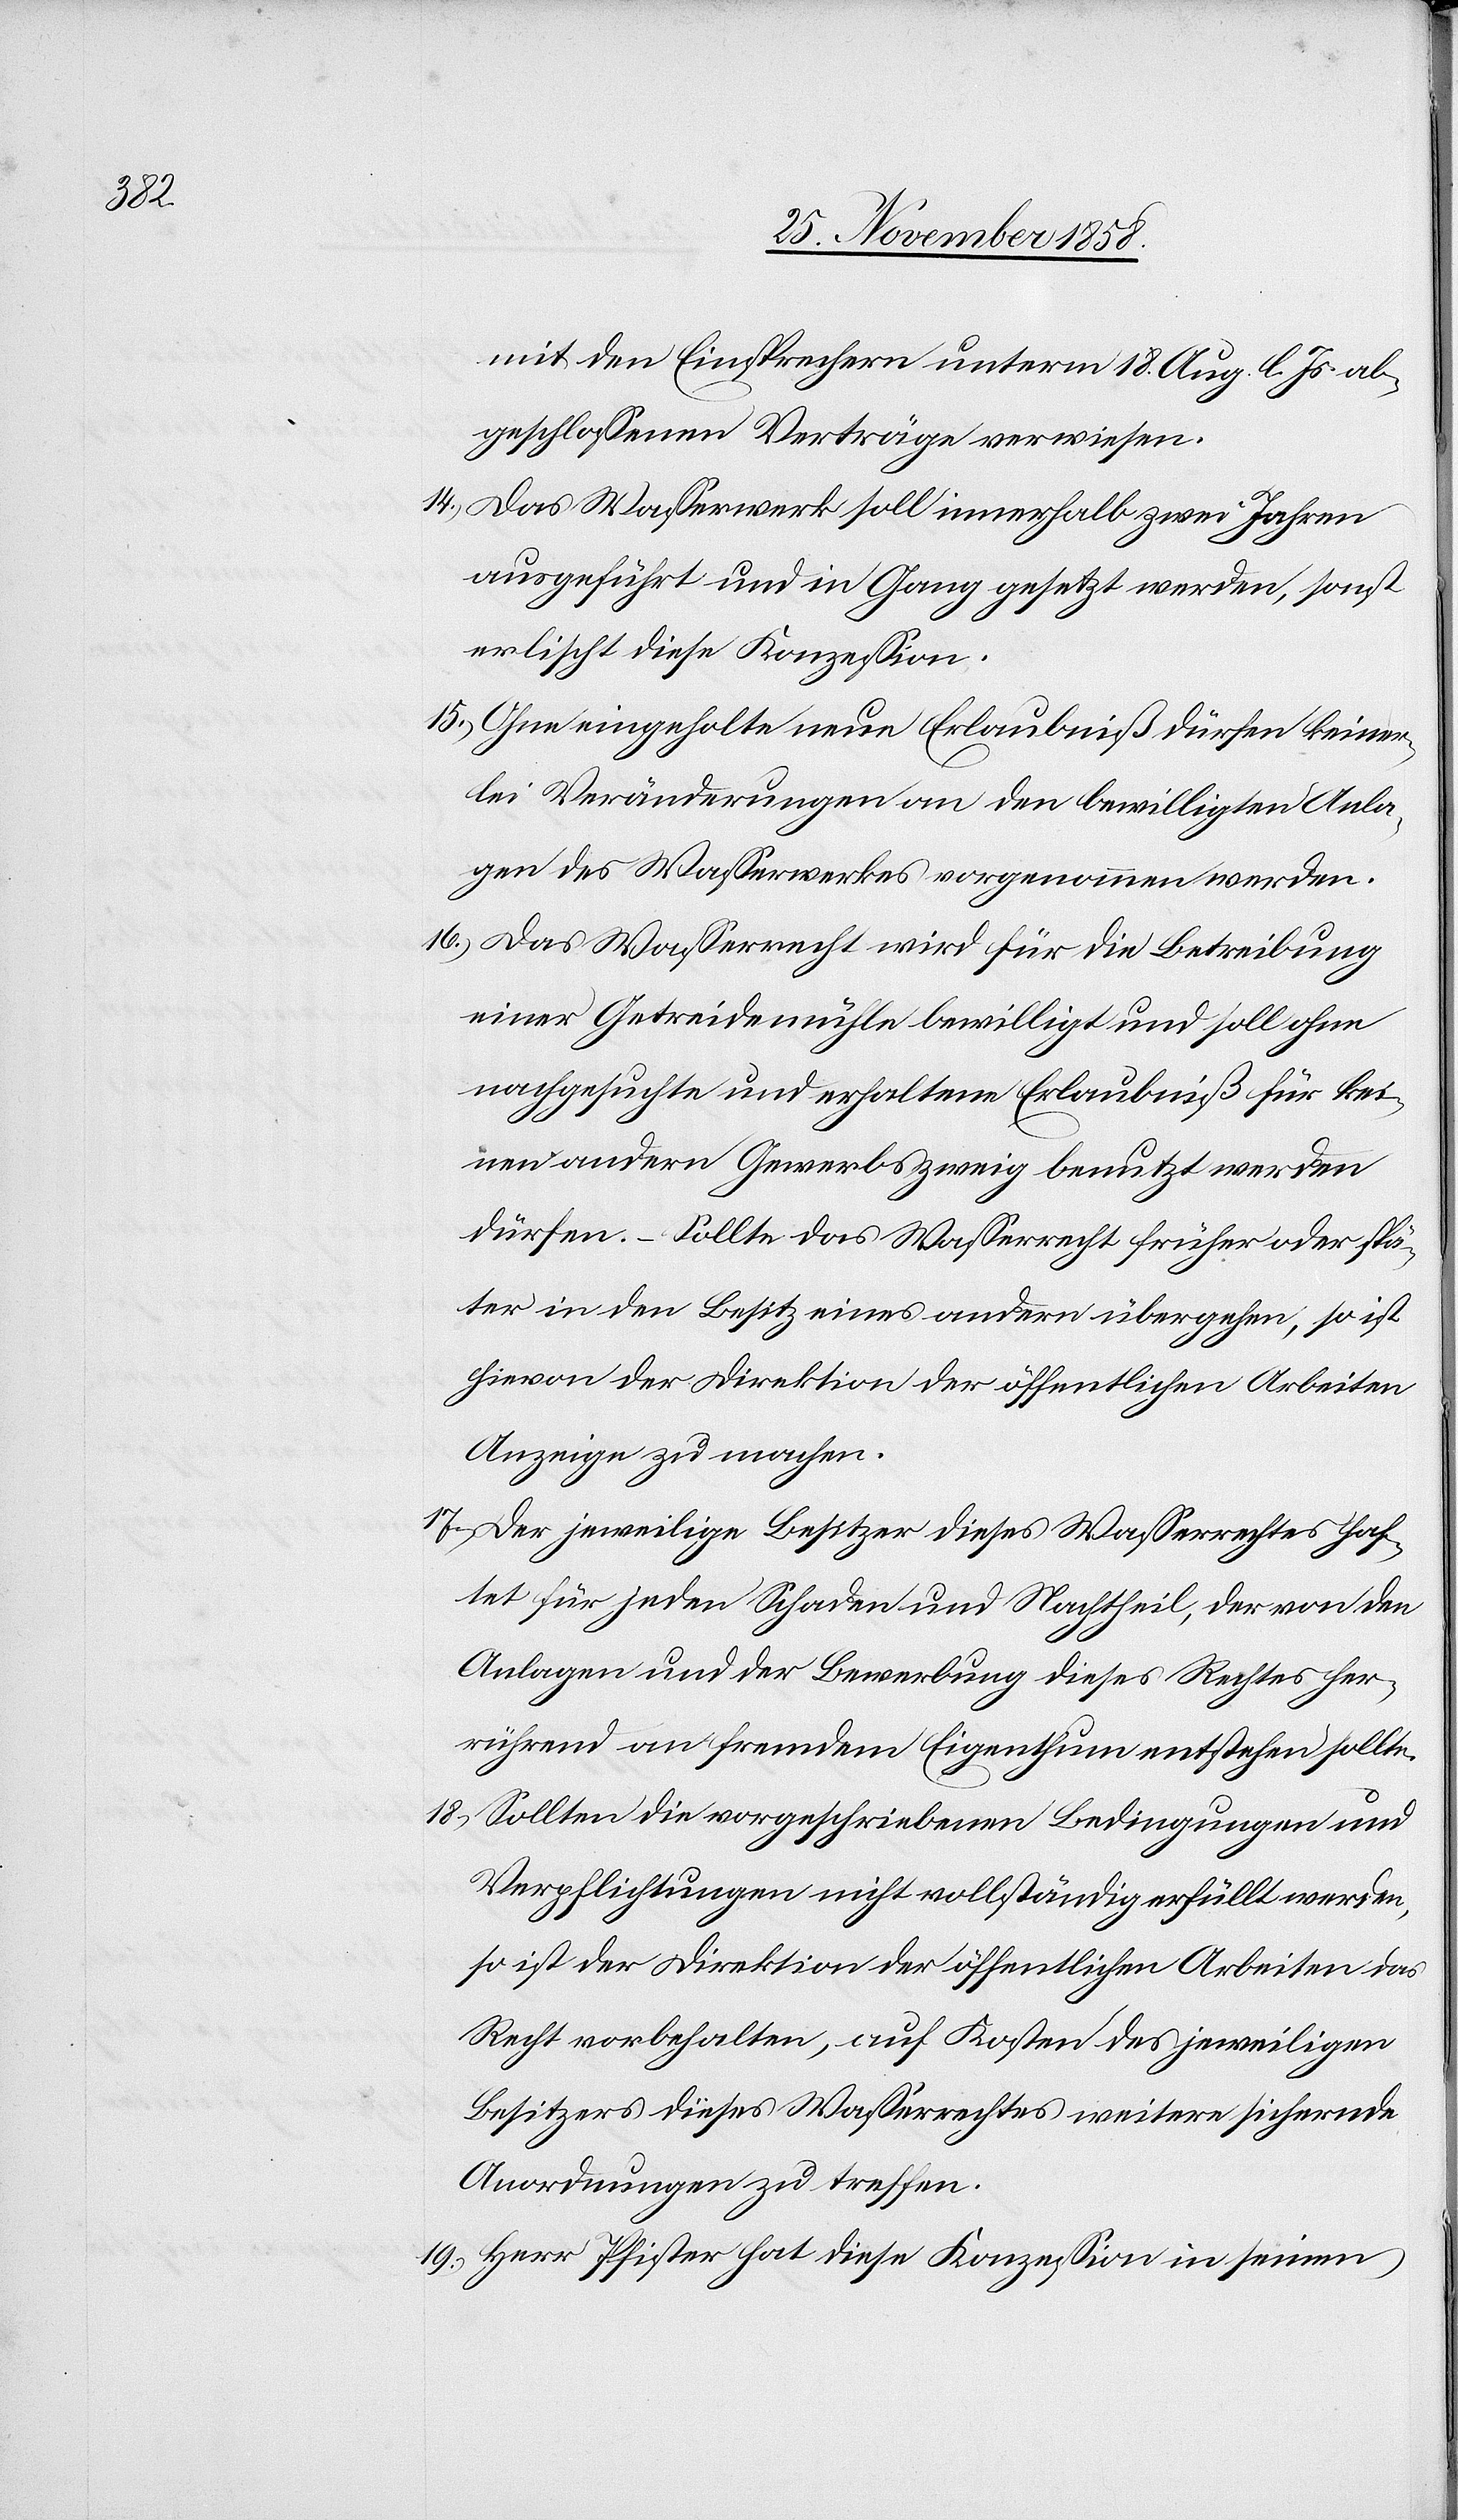
mit den Einsprechern unterm 18. Aug. l. Js. ab¬
geschlossenen Verträge verwiesen.
Das Wasserwerk soll innerhalb zwei Jahren
ausgeführt und in Gang gesetzt werden, sonst
erlischt diese Konzession.
Ohne eingeholte neue Erlaubniß dürfen keiner¬
lei Veränderungen an den bewilligten Anla¬
gen des Wasserwerkes vorgenommen werden.
Das Wasserrecht wird für die Betreibung
einer Getreidemühle bewilligt und soll ohne
nachgesuchte und erhaltene Erlaubniß für kei¬
nen andern Gewerbszweig benutzt werden
dürfen. – Sollte das Wasserrecht früher oder spä¬
ter in den Besitz eines andern übergehen, so ist
hievon der Direktion der öffentlichen Arbeiten
Anzeige zu machen.
Der jeweilige Besitzer dieses Wasserrechtes haf¬
tet für jeden Schaden und Nachtheil, der von den
Anlagen und der Bewerbung dieses Rechtes her¬
rührend an fremdem Eigenthum entstehen sollte.
Sollten die vorgeschriebenen Bedingungen und
Verpflichtungen nicht vollständig erfüllt werden,
so ist der Direktion der öffentlichen Arbeiten das
Recht vorbehalten, auf Kosten des jeweiligen
Besitzers dieses Wasserrechtes weitere sichernde
Anordnungen zu treffen.
Herr Pfister hat diese Konzession in seinen